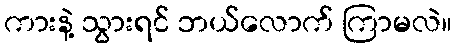
ကားနဲ့ သွားရင် ဘယ်လောက် ကြာမလဲ။